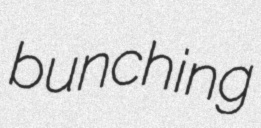
bunching